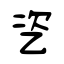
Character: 乲